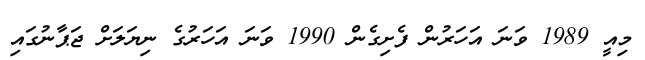
މިއީ 1989 ވަނަ އަހަރުން ފެށިގެން 1990 ވަނަ އަހަރުގެ ނިޔަލަށް ޖަޕާނުގައި